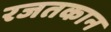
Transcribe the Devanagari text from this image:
रजतकान